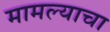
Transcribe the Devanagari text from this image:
मामल्याचा